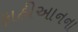
ફાહીઆનના